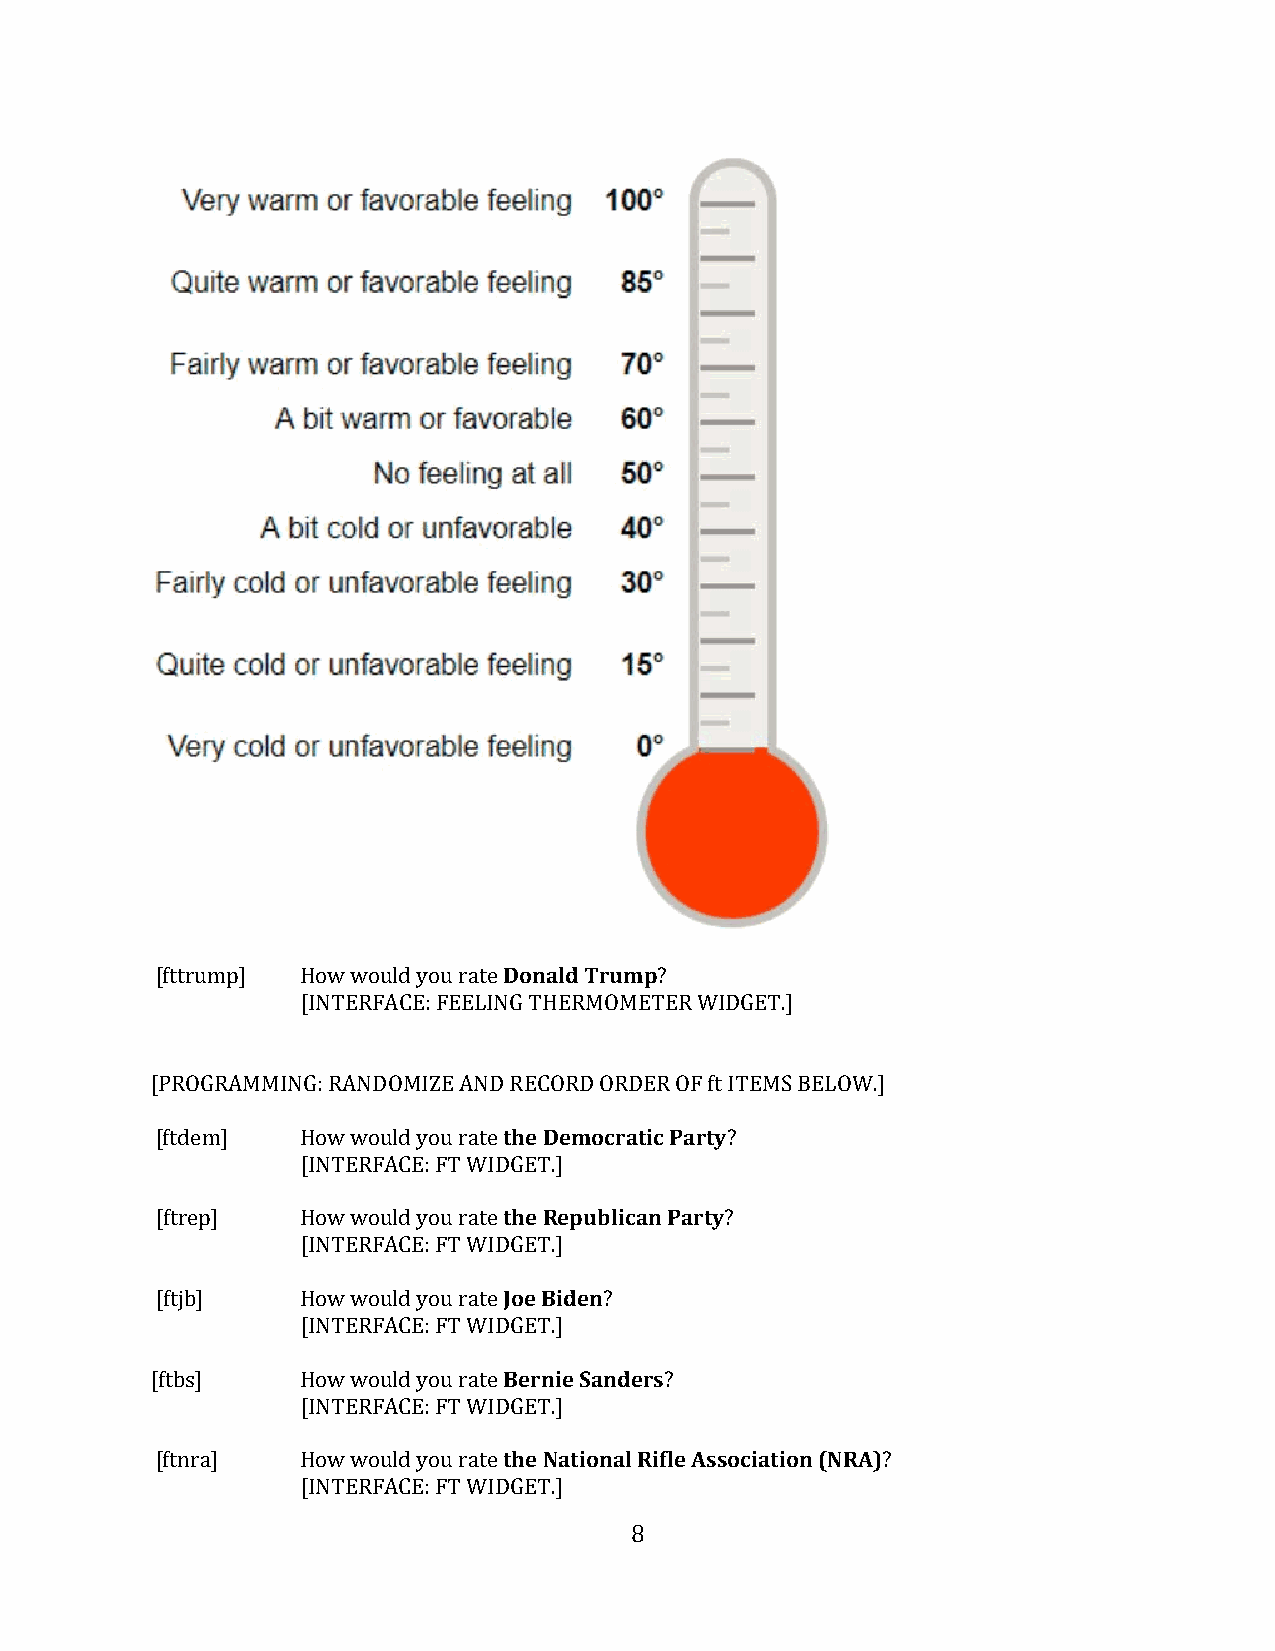
Donald Trump
 [fttrump] How would you rate      ?
 [INTERFACE: FEELING THERMOMETER WIDGET.]
 [PROGRAMMING: RANDOMIZE ANDt RhEeCDOeRmDo OcRraDtEicR P OaFr tfyt ITEMS BELOW.]
 [ftdem]   How would you rate          ?
 [INTERFACE: FT WIDtGhEeTR.]e publican Party
 [ftrep]   How would you rate          ?
 [INTERFACE: FT WIDJGoeE TB.]id en
 [ftjb]    How would you rate  ?
 [INTERFACE: FT WIDBGeErTn.i]e Sanders
 [ftbs]    How would you rate      ?
 [INTERFACE: FT WIDtGhEeTN.]a tional Rifle Association (NRA)
 [ftnra]   How would you rate                    ?
 [INTERFACE: FT WIDGET.]
 8